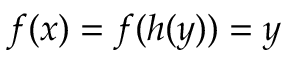
f ( x ) = f ( h ( y ) ) = y